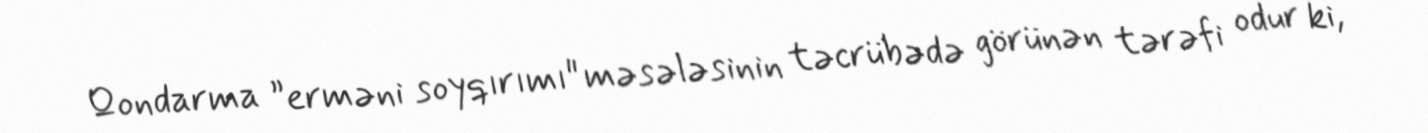
Qondarma ”erməni soyqırımı" məsələsinin təcrübədə görünən tərəfi odur ki,